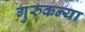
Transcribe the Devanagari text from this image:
गुरुकन्या